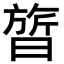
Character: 𬁩